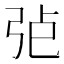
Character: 𢏍